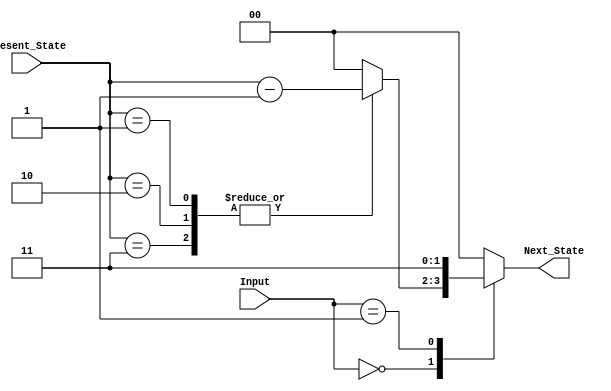
module Next_State_Logic(
    input [1:0] Input,
    input [1:0] Present_State,
    output reg [1:0] Next_State
    );
    //integer k = 300;
    always @ (Input, Present_State) begin
    case(Input)
    2'b00:case(Present_State)
        2'b01, 2'b10, 2'b11: Next_State = Present_State - 1;
        default :Next_State = 2'b00;
        endcase
    2'b01:Next_State = 2'b11;
    default:Next_State = 2'b00;
    endcase
    end
endmodule